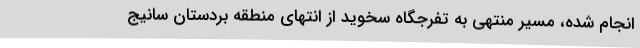
انجام شده، مسیر منتهی به تفرجگاه سخوید از انتهای منطقه بردستان سانیج